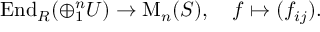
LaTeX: \operatorname { E n d } _ { R } ( \oplus _ { 1 } ^ { n } U ) \to \operatorname { M } _ { n } ( S ) , \quad f \mapsto ( f _ { i j } ) .